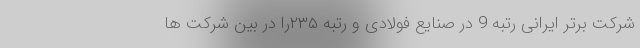
شرکت برتر ایرانی رتبه 9 در صنایع فولادی و رتبه ۲۳۵را در بین شرکت ها